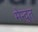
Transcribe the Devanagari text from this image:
मेन्दुत्